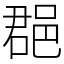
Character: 𨛦